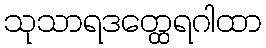
သုသာရဒတ္ထေရဂါထာ